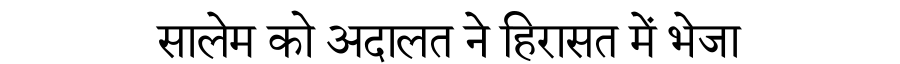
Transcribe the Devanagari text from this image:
सालेम को अदालत ने हिरासत में भेजा